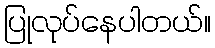
ပြုလုပ်နေပါတယ်။